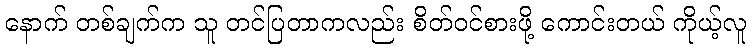
နောက် တစ်ချက်က သူ တင်ပြတာကလည်း စိတ်ဝင်စားဖို့ ကောင်းတယ် ကိုယ့်လူ